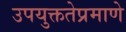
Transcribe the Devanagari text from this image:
उपयुक्ततेप्रमाणे